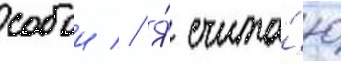
собои // Я́ счита́ю